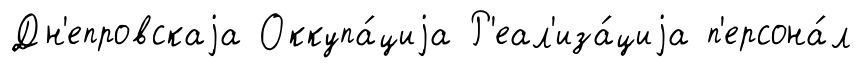
Дн'епровскаjа Оккупа́циjа Р'еал'иза́циjа п'ерсона́л